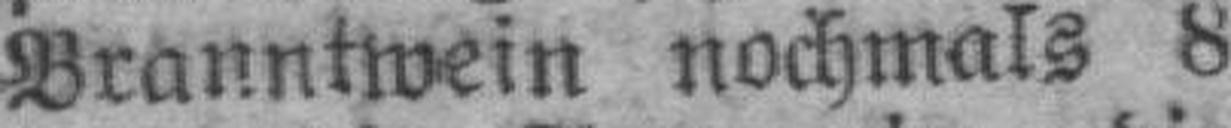
Branntwein nochmals 8